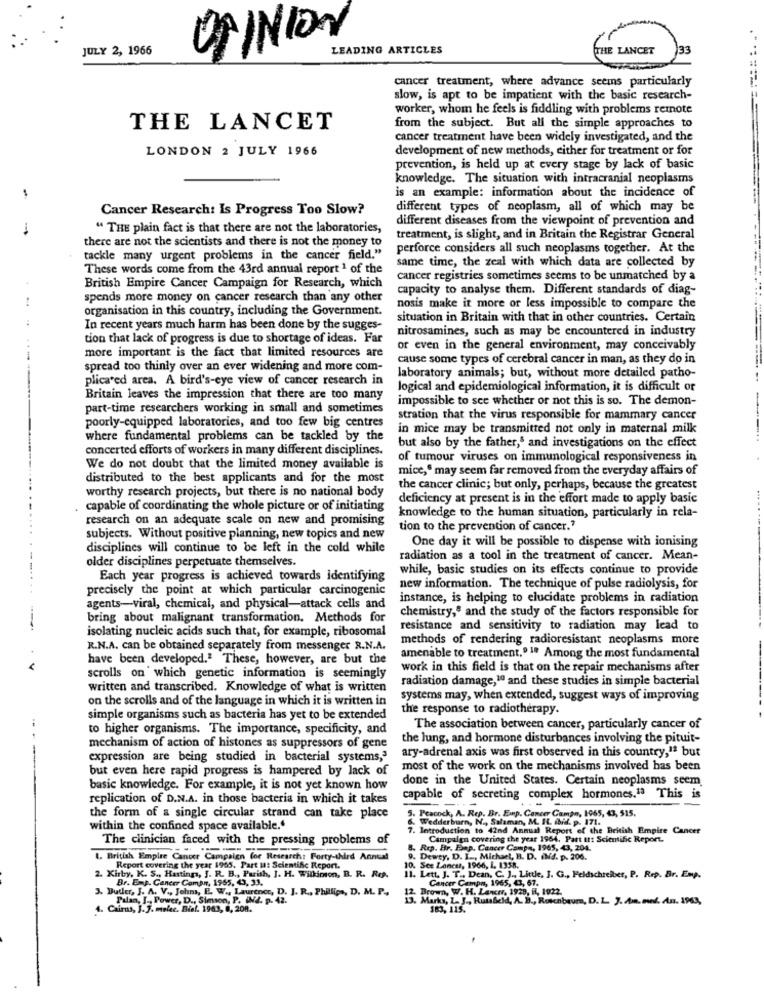
OPINION
JULY 2, 1966
LEADING ARTICLES
THE LANCET
133
cancer treatment, where advance seems particularly
slow, is apt to be impatient with the basic research-
worker, whom he feels is fiddling with problems remote
THE LANCET
from the subject. But all the simple approaches to
cancer treatment have been widely investigated, and the
LONDON 2 JULY 1966
development of new methods, either for treatment or for
prevention, is held up at every stage by lack of basic
knowledge. The situation with intracranial neoplasms
is an example: information about the incidence of
Cancer Research: Is Progress Too Slow?
different types of neoplasm, all of which may be
different diseases from the viewpoint of prevention and
-
" THE plain fact is that there are not the laboratories,
there are not the scientists and there is not the money to
treatment, is slight, and in Britain the Registrar General
perforce considers all such neoplasms together. At the
tackle many urgent problems in the cancer field."
same time, the zeal with which data are collected by
These words come from the 43rd annual report1 of the
cancer registries sometimes seems to be unmatched by a
British Empire Cancer Campaign for Research, which
capacity to analyse them. Different standards of diag-
spends more money on cancer research than any other
organisation in this country, including the Government.
nosis make it more or less impossible to compare the
situation in Britain with that in other countries. Certain
In recent years much harm has been done by the sugges-
nitrosamines, such as may be encountered in industry
tion that lack of progress is due to shortage of ideas. Far
more important is the fact that limited resources are
or even in the general environment, may conceivably
cause some types of cerebral cancer in man, as they do in
spread too thinly over an ever widening and more com-
plicated area. A bird's-eye view of cancer research in
laboratory animals; but, without more detailed patho-
logical and epidemiological information, it is difficult or
Britain leaves the impression that there are too many
impossible to see whether or not this is so. The demon-
part-time researchers working in small and sometimes
stration that the virus responsible for mammary cancer
poorly-equipped laboratories, and too few big centres
in mice may be transmitted not only in maternal milk
where fundamental problems can be tackled by the
concerted efforts of workers in many different disciplines.
but also by the father,s and investigations on the effect
of tumour viruses on immunological responsiveness in
We do not doubt that the limited money available is
mice," may seem far removed from the everyday affairs of
distributed to the best applicants and for the most
the cancer clinic; but only, perhaps, because the greatest
worthy research projects, but there is no national body
deficiency at present is in the effort made to apply basic
. capable of coordinating the whole picture or of initiating
knowledge to the human situation, particularly in rela-
research on an adequate scale on new and promising
tion to the prevention of cancer."
subjects. Without positive planning, new topics and new
One day it will be possible to dispense with ionising
disciplines will continue to be left in the cold while
older disciplines perpetuate themselves.
radiation as a tool in the treatment of cancer. Mean-
while, basic studies on its effects continue to provide
Each year progress is achieved towards identifying
precisely the point at which particular carcinogenic
new information. The technique of pulse radiolysis, for
instance, is helping to elucidate problems in radiation
agents-viral, chemical, and physical-attack cells and
chemistry,e and the study of the factors responsible for
bring about malignant transformation. Methods for
isolating nucleic acids such that, for example, ribosomal
resistance and sensitivity to radiation may lead to
methods of rendering radioresistant neoplasms more
R.N.A. can be obtained separately from messenger R.N.A.
have been developed." These, however, are but the
amenable to treatment.º 1ª Among the most fundamental
work in this field is that on the repair mechanisms after
scrolls on which genetic information is seemingly
radiation damage,10 and these studies in simple bacterial
written and transcribed. Knowledge of what is written
on the scrolls and of the language in which it is written in
systems may, when extended, suggest ways of improving
the response to radiotherapy.
simple organisms such as bacteria has yet to be extended
to higher organisms. The importance, specificity, and
The association between cancer, particularly cancer of
the lung, and hormone disturbances involving the pituit-
mechanism of action of histones as suppressors of gene
ary-adrenal axis was first observed in this country,1 but
expression are being studied in bacterial systems,"
but even here rapid progress is hampered by lack of
most of the work on the mechanisms involved has been
done in the United States. Certain neoplasms seem
basic knowledge. For example, it is not yet known how
replication of D.N.A. in those bacteria in which it takes
capable of secreting complex hormones.13 This is
5. Peacock, A. Rep. Br. Emp. Cancer Camps, 1065, 43, 515.
the form of a single circular strand can take place
No Salaman, M. IL. did. p. 171.
within the confined space available."
. Introduction to 42nd Annual Report of the British Empire Cancer
Wedderburn, N ., Sala
The clinician faced with the pressing problems of
Campaign covering the year 1964. Part tt: Scientific Report.
8. Rep. Br. Enp. Cancer Campe, 1965, 43, 204.
1. British Empire Cancer Campaign for Research: Forty-third Annual
9. Dewey, D. I ., Michael, B. D. iNd. p. 206.
Report covering the year 1965. Part M: Scientific Report.
10. See Lancet, 1966, 1. 1358.
Br. Enp. Cancer Coman, 1965, 43, 33.
. K. S ., Hastings, J. R. B ., Parish, J. H. Wilkinson, B. R. Re.
.Lett. J. T ., Dean, C. J ., Little, J. G ., Feldschreiber, P. Rep. Br. Emp.
Cancer Campo, 1965, 43, 67.
3. Duder, J. A. V ., Johns, E. W ., Laurence, D. J. R ., Phillips, D. M. P.
12. Brown, W. H. Lancer, 1928, H, 1922.
Palan, J ., Power, D ., Simson, P. INZ. p. 42.
13. Marka, L. J ., Rumsfeld, A. B ., Rosenbaum, D.L. J. m. med. du. 1963,
4. Cairns, J. J. melec. Biel. 1963, 8, 208.